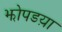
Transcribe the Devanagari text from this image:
झोपडय़ा